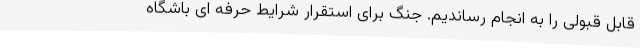
قابل قبولی را به انجام رساندیم. جنگ برای استقرار شرایط حرفه ای باشگاه